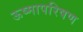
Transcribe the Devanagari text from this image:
ऊष्मापरिषण